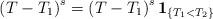
LaTeX: \begin{align*}\left(T - T_1\right)^s = \left(T - T_1\right)^s \mathbf{1}_{\{T_1 < T_2\}}\end{align*}